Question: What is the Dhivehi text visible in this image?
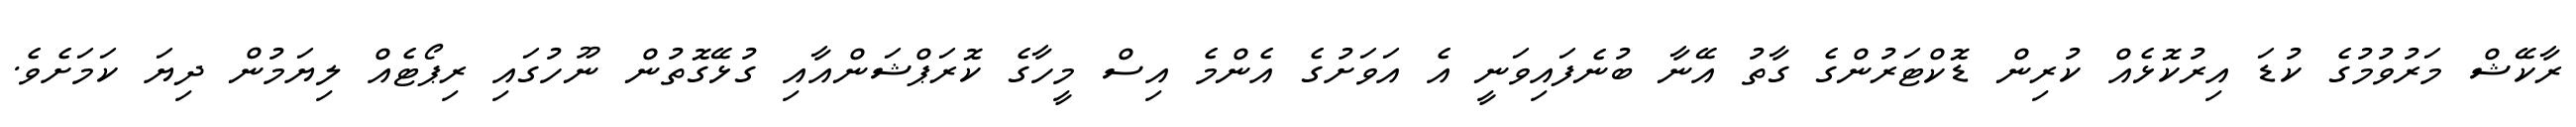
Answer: ރާކޭޝް މަރުވުމުގެ ކުޑަ އިރުކޮޅެއް ކުރިން ޑޮކްޓަރުންގެ ގާތު އޭނާ ބުނެފައިވަނީ އެ އަވަށުގެ އެންމެ އިސް މީހާގެ ކޮރަޕްޝަންއާއި ގުޅޭގޮތުން ނޫހުގައި ރިޕޯޓެއް ލިޔަމުން ދިޔަ ކަމަށެވެ.